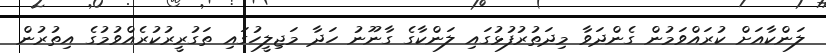
ލަންކާއަށް ކުރައްވަމުން ގެންދަވާ މިދަތުރުފުޅުގައި ލަންކާގެ ގާނޫނު ހަދާ މަޖިލީހުގައި ތަގުރީރުކުރެއްވުމުގެ އިތުރުން